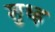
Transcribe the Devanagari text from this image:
शुध्ह